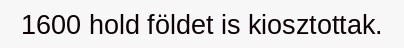
1600 hold földet is kiosztottak.